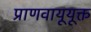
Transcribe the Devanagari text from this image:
प्राणवायूयूक्त